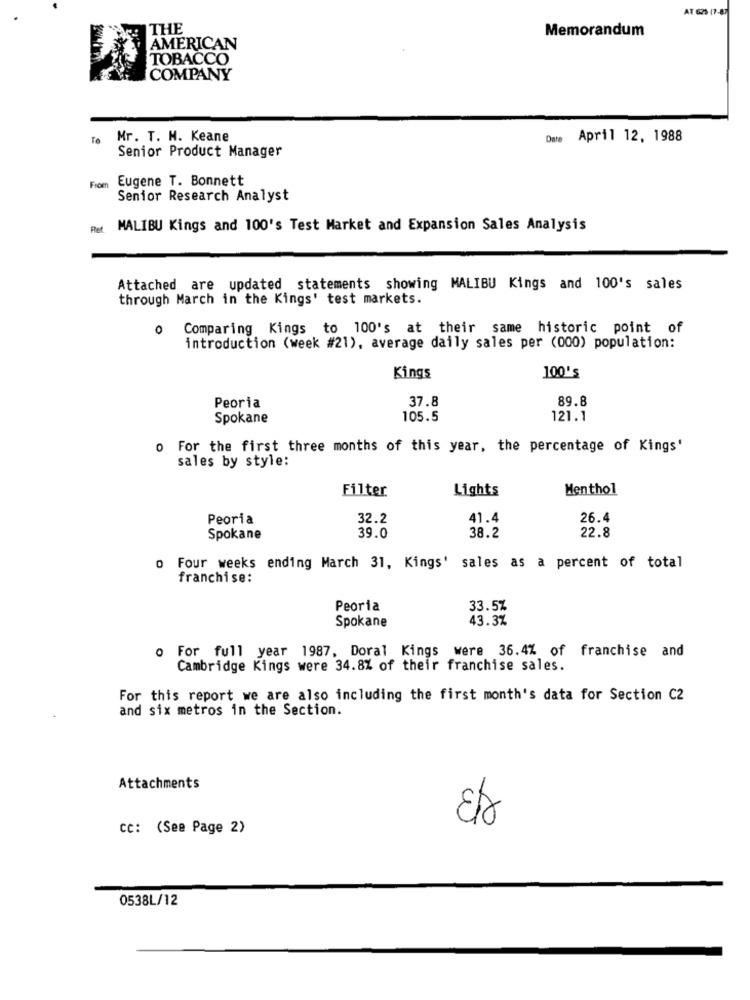
AT 625 (7-87
THE
Memorandum
AMERICAN
TOBACCO
COMPANY
To
Mr. T. M. Keane
Onte April 12, 1988
Senior Product Manager
Eugene T. Bonnett
Froen
Senior Research Analyst
Ret MALIBU Kings and 100's Test Market and Expansion Sales Analysis
Attached are updated statements showing MALIBU Kings and 100's sales
through March in the Kings' test markets.
0
Comparing Kings to 100's at their same historic point of
introduction (week #21), average daily sales per (000) population:
Kings
100's
89.8
Peoria
37.8
Spokane
105.5
121.1
o For the first three months of this year, the percentage of Kings'
sales by style:
Filter
Lights
Menthol
Peoria
32.2
41.4
26.4
38.2
22.8
Spokane
39.0
o Four weeks ending March 31, Kings' sales as a percent of total
franchise:
Peoria
33.5%
43.3%
Spokane
0 For full year 1987, Doral Kings were 36.4% of franchise and
Cambridge Kings were 34.8% of their franchise sales.
For this report we are also including the first month's data for Section C2
and six metros in the Section.
Attachments
w
CC: (See Page 2)
0538L/12